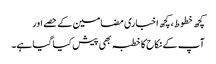
کچھ خطوط، کچھ اخباری مضامین کے حصے اور
آپ کے نکاح کا خطبہ بھی پیش کیا گیا ہے۔